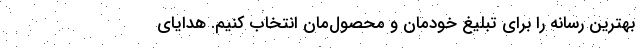
بهترین رسانه را برای تبلیغ خودمان و محصول‌مان انتخاب کنیم. هدایای